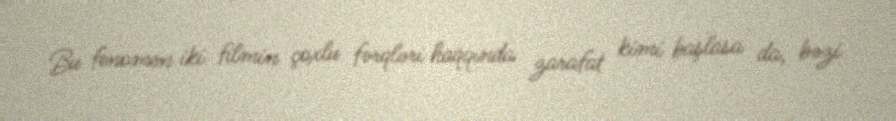
Bu fenomen iki filmin çoxlu fərqləri haqqında zarafat kimi başlasa da, bəzi